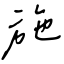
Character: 施